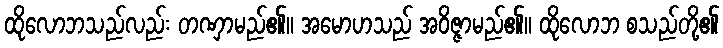
ထိုလောဘသည်လည်း တဏှာမည်၏။ အမောဟသည် အဝိဇ္ဇာမည်၏။ ထိုလောဘ စသည်တို့၏